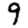
Digit: 9